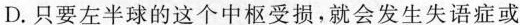
D.只要左半球的这个中枢受损就会发生失语症成